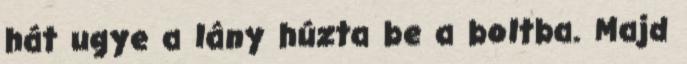
hát ugye a lány húzta be a boltba. Majd